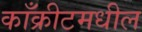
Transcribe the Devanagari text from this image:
काँक्रीटमधील